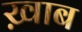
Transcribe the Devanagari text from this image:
ख़ाब